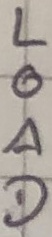
Text: LOAD